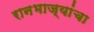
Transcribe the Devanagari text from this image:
रानभाज्यांचा